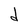
Character: d